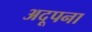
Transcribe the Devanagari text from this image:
अदूपना